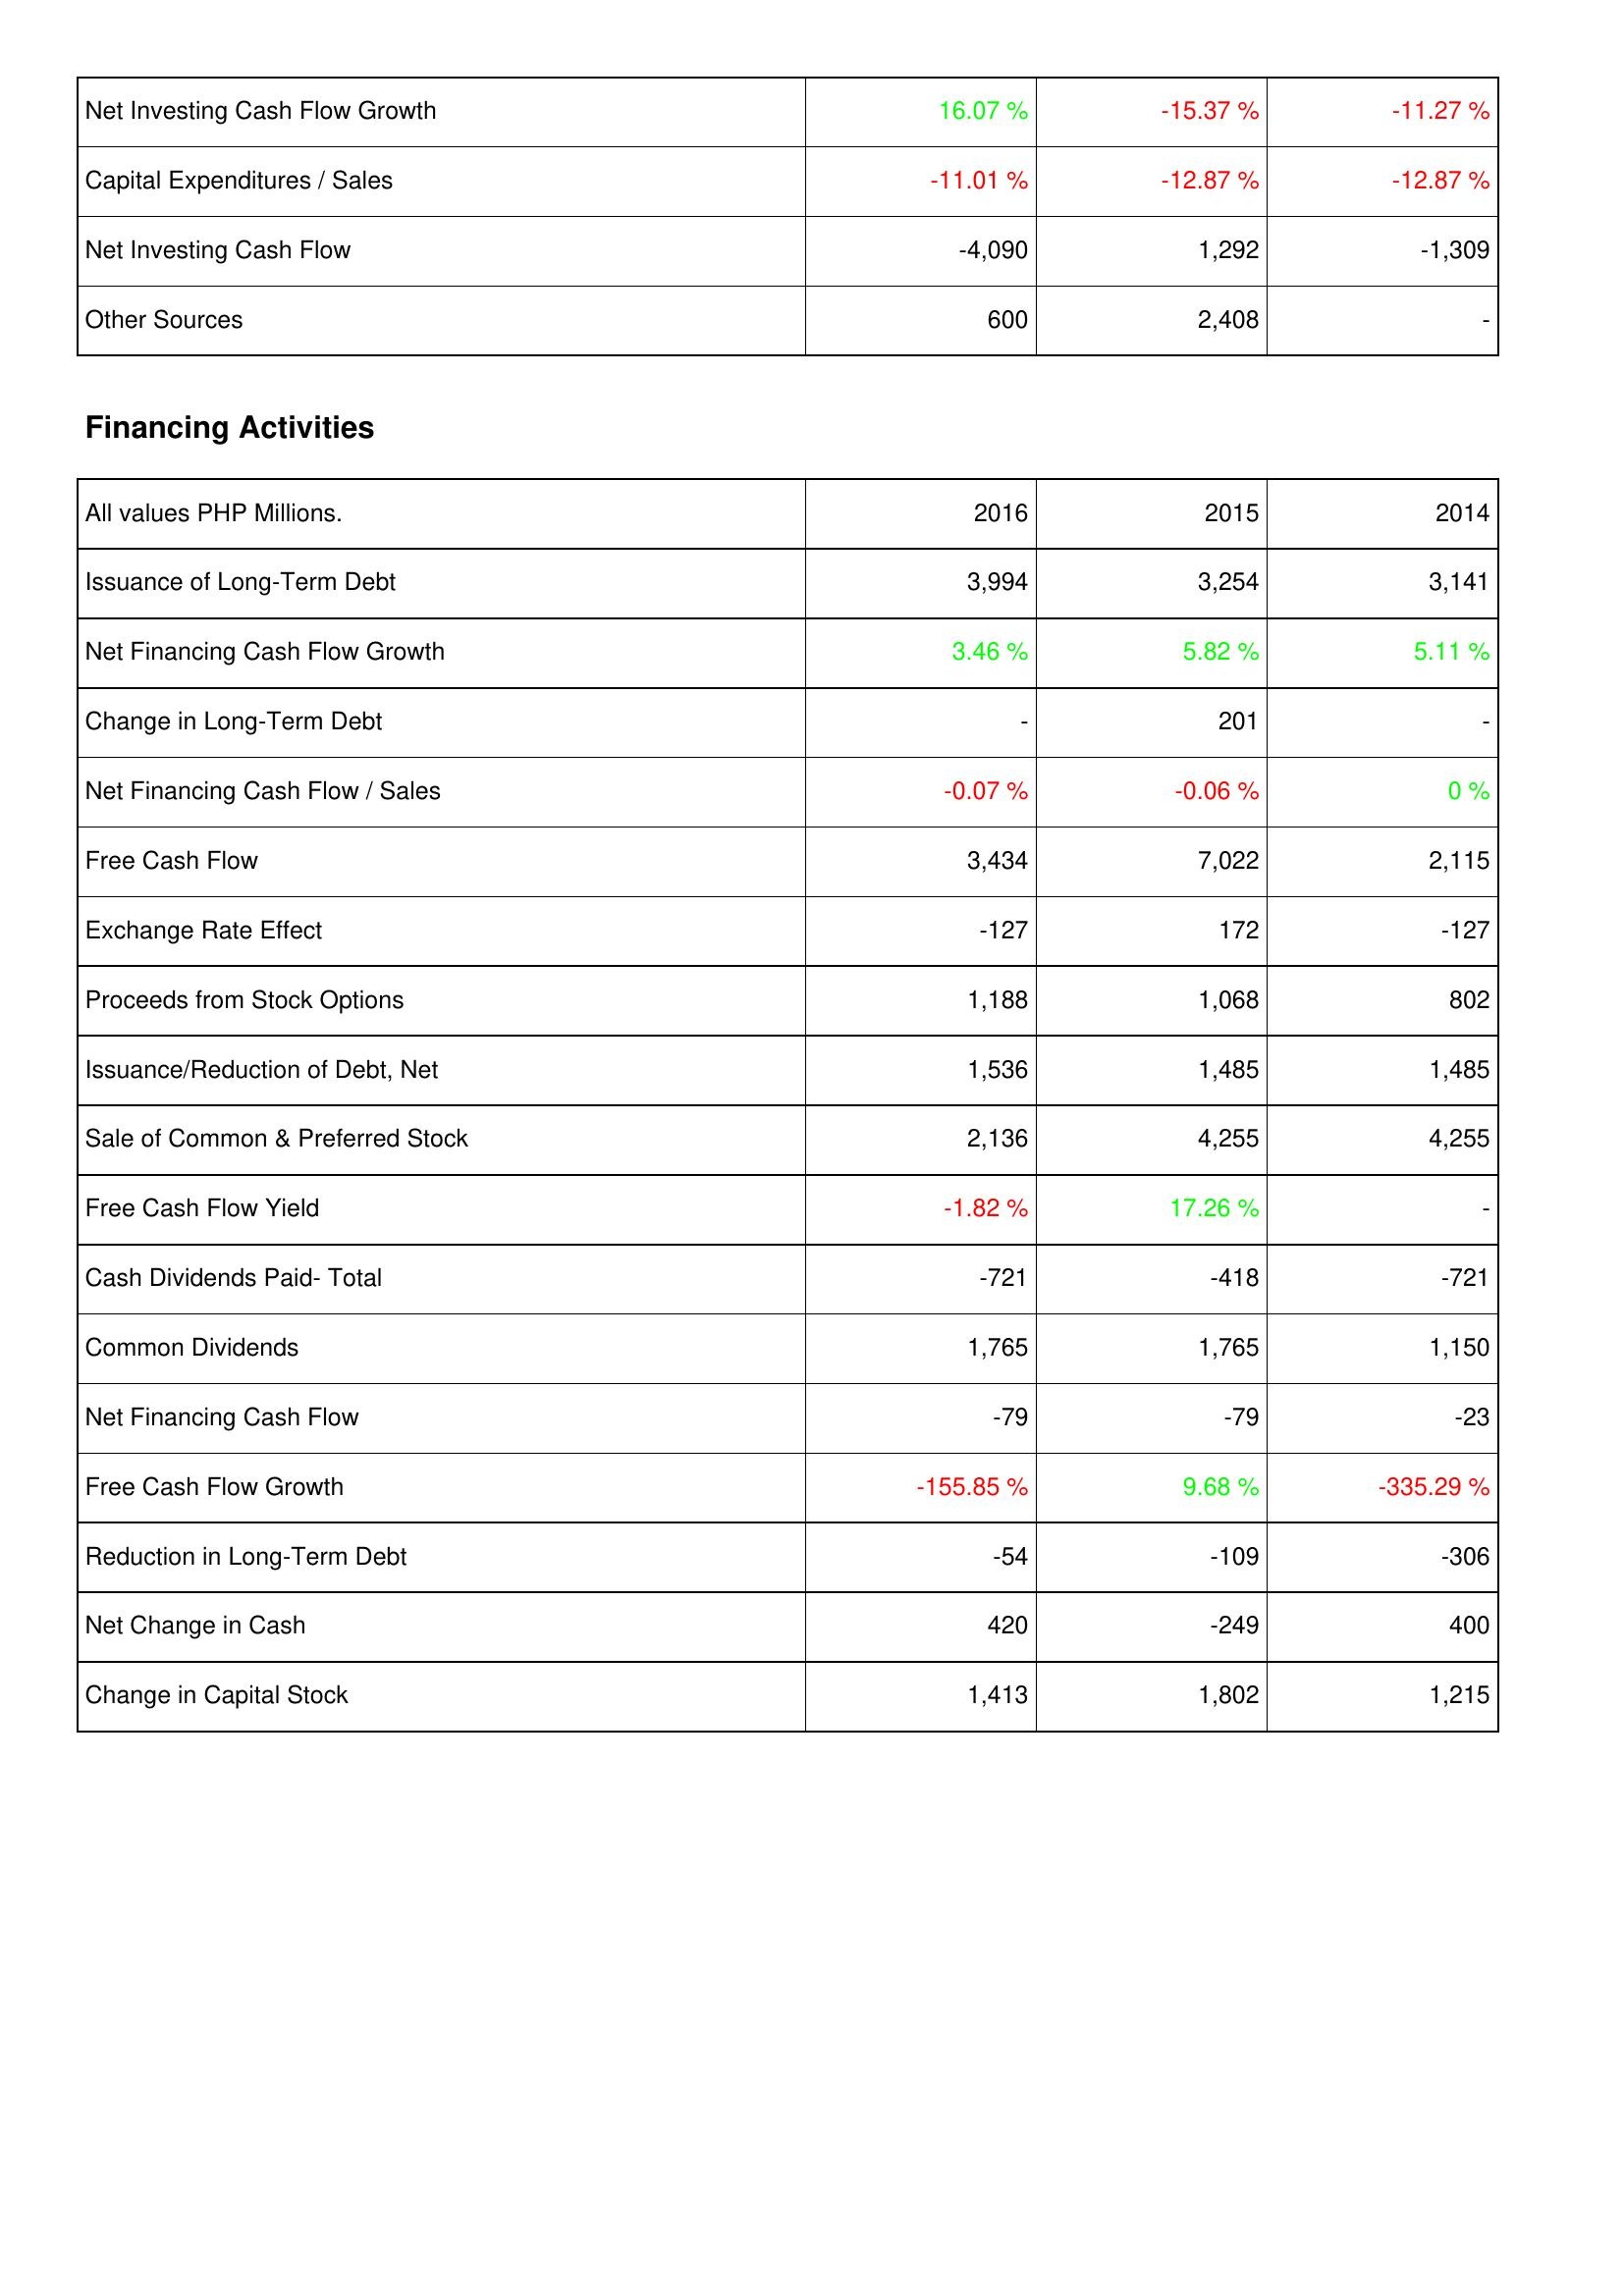
2016: Investing Activities: Net Investing Cash Flow Growth: 16.07 %
Capital Expenditures / Sales: -11.01 %
Net Investing Cash Flow: -4,090
Other Sources: 600
Financing Activities: Issuance of Long-Term Debt: 3,994
Net Financing Cash Flow Growth: 3.46 %
Change in Long-Term Debt: -
Net Financing Cash Flow / Sales: -0.07 %
Free Cash Flow: 3,434
Exchange Rate Effect: -127
Proceeds from Stock Options: 1,188
Issuance/Reduction of Debt, Net: 1,536
Sale of Common & Preferred Stock: 2,136
Free Cash Flow Yield: -1.82 %
Cash Dividends Paid- Total: -721
Common Dividends: 1,765
Net Financing Cash Flow: -79
Free Cash Flow Growth: -155.85 %
Reduction in Long-Term Debt: -54
Net Change in Cash: 420
Change in Capital Stock: 1,413
2015: Investing Activities: Net Investing Cash Flow Growth: -15.37 %
Capital Expenditures / Sales: -12.87 %
Net Investing Cash Flow: 1,292
Other Sources: 2,408
Financing Activities: Issuance of Long-Term Debt: 3,254
Net Financing Cash Flow Growth: 5.82 %
Change in Long-Term Debt: 201
Net Financing Cash Flow / Sales: -0.06 %
Free Cash Flow: 7,022
Exchange Rate Effect: 172
Proceeds from Stock Options: 1,068
Issuance/Reduction of Debt, Net: 1,485
Sale of Common & Preferred Stock: 4,255
Free Cash Flow Yield: 17.26 %
Cash Dividends Paid- Total: -418
Common Dividends: 1,765
Net Financing Cash Flow: -79
Free Cash Flow Growth: 9.68 %
Reduction in Long-Term Debt: -109
Net Change in Cash: -249
Change in Capital Stock: 1,802
2014: Investing Activities: Net Investing Cash Flow Growth: -11.27 %
Capital Expenditures / Sales: -12.87 %
Net Investing Cash Flow: -1,309
Other Sources: -
Financing Activities: Issuance of Long-Term Debt: 3,141
Net Financing Cash Flow Growth: 5.11 %
Change in Long-Term Debt: -
Net Financing Cash Flow / Sales: 0 %
Free Cash Flow: 2,115
Exchange Rate Effect: -127
Proceeds from Stock Options: 802
Issuance/Reduction of Debt, Net: 1,485
Sale of Common & Preferred Stock: 4,255
Free Cash Flow Yield: -
Cash Dividends Paid- Total: -721
Common Dividends: 1,150
Net Financing Cash Flow: -23
Free Cash Flow Growth: -335.29 %
Reduction in Long-Term Debt: -306
Net Change in Cash: 400
Change in Capital Stock: 1,215